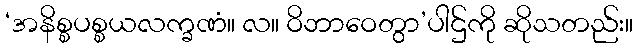
‘အနိစ္စပစ္စယလက္ခဏံ။ လ။ ဝိဘာဝေတွာ’ပါဌ်ကို ဆိုသတည်း။